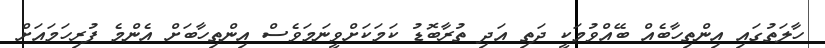
ހާލަތުގައި އިންތިހާބެއް ބޭއްވުމަކީ ދަތި އަދި ތުރާބޮޑު ކަމަކަށްވީނަމަވެސް އިންތިހާބަށް އެންމެ ފުރިހަމައަށް